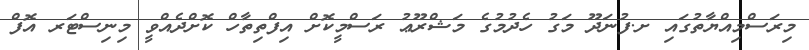
މިރަސްމިއްޔާތުގައި ށ.ފުނަދޫ މަގު ހެދުމުގެ މަޝްރޫޢު ރަސްމީކޮށް އިފްތިތާހް ކޮށްދެއްވީ މިނިސްޓަރ އޮފް